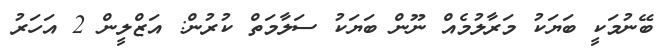
ބޭނުމަކީ ބަޔަކު މަރާލުމެއް ނޫން ބަޔަކު ސަލާމަތް ކުރުން: އަޒްލީން 2 އަހަރު